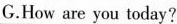
G.How are you today?